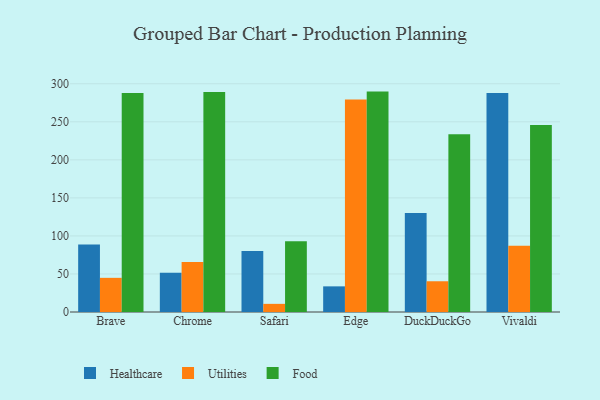
{"axis": {"x": "Browser", "y": "Active Users"}, "legend": ["Food", "Healthcare", "Utilities"], "data": [{"x": "Brave", "y": 88.7, "type": "Healthcare"}, {"x": "Brave", "y": 44.9, "type": "Utilities"}, {"x": "Brave", "y": 287.8, "type": "Food"}, {"x": "Chrome", "y": 51.6, "type": "Healthcare"}, {"x": "Chrome", "y": 65.7, "type": "Utilities"}, {"x": "Chrome", "y": 289.3, "type": "Food"}, {"x": "Safari", "y": 80.3, "type": "Healthcare"}, {"x": "Safari", "y": 10.7, "type": "Utilities"}, {"x": "Safari", "y": 92.9, "type": "Food"}, {"x": "Edge", "y": 33.7, "type": "Healthcare"}, {"x": "Edge", "y": 279.3, "type": "Utilities"}, {"x": "Edge", "y": 289.7, "type": "Food"}, {"x": "DuckDuckGo", "y": 130.0, "type": "Healthcare"}, {"x": "DuckDuckGo", "y": 40.4, "type": "Utilities"}, {"x": "DuckDuckGo", "y": 233.7, "type": "Food"}, {"x": "Vivaldi", "y": 287.8, "type": "Healthcare"}, {"x": "Vivaldi", "y": 87.0, "type": "Utilities"}, {"x": "Vivaldi", "y": 245.8, "type": "Food"}]}